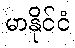
မာနိုင်ငံ